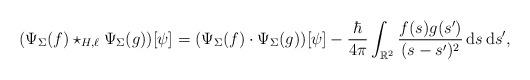
LaTeX: \begin{align*} (\Psi_{\Sigma}(f) \star_{H, \ell} \Psi_{\Sigma}(g))[\psi] = (\Psi_{\Sigma}(f) \cdot \Psi_{\Sigma}(g))[\psi] - \frac{\hbar}{4 \pi} \int_{\mathbb{R}^{2}} \frac{f(s) g(s')}{(s - s')^2} \,\mathrm{d}s\,\mathrm{d}s',\end{align*}